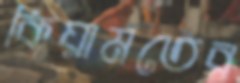
কিয়ামতের